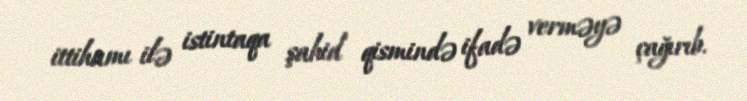
ittihamı ilə istintaqa şahid qismində ifadə verməyə çağırıb.